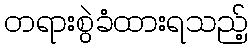
တရားစွဲခံထားရသည့်